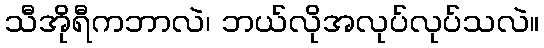
သီအိုရီကဘာလဲ၊ ဘယ်လိုအလုပ်လုပ်သလဲ။